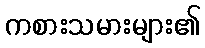
ကစားသမားများ၏